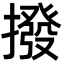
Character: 撥